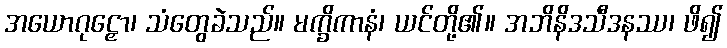
အယောဂုဠှော၊ သံတွေခဲသည်။ မက္ခိကာနံ၊ ယင်တို့၏။ အဘိနိဒသီဒနဿ၊ ဖိ၍